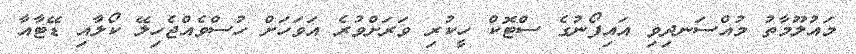
މައުލޫމާތު މުއްސަނދިވި އައިފޯނުގެ ސްޓޮކް ހީކުރި ވަރަށްވުރެ އަވަހަށް ހުސްވެއްޖެހިލޭ ކޯލާއި ޑޭޓާއާ